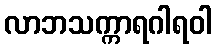
လာဘသက္ကာရဂါရဝါ